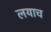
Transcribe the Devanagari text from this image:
लयाच